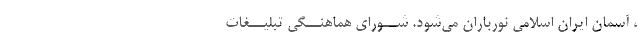
، آسمان ایران اسلامی نورباران می‌شود. شــورای هماهنــگی تبلیــغات